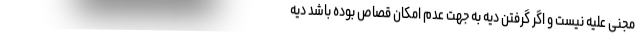
مجنی علیه نیست و اگر گرفتن دیه به جهت عدم امکان قصاص بوده باشد دیه